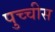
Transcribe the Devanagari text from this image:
पुच्चीस